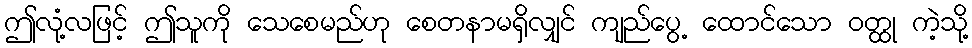
ဤလုံ့လဖြင့် ဤသူကို သေစေမည်ဟု စေတနာမရှိလျှင် ကျည်ပွေ့ ထောင်သော ဝတ္ထု ကဲ့သို့